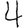
Digit: 4